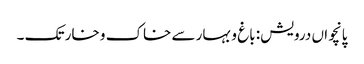
پانچواں درویش: باغ و بہار سے خاک و خار تک ۔